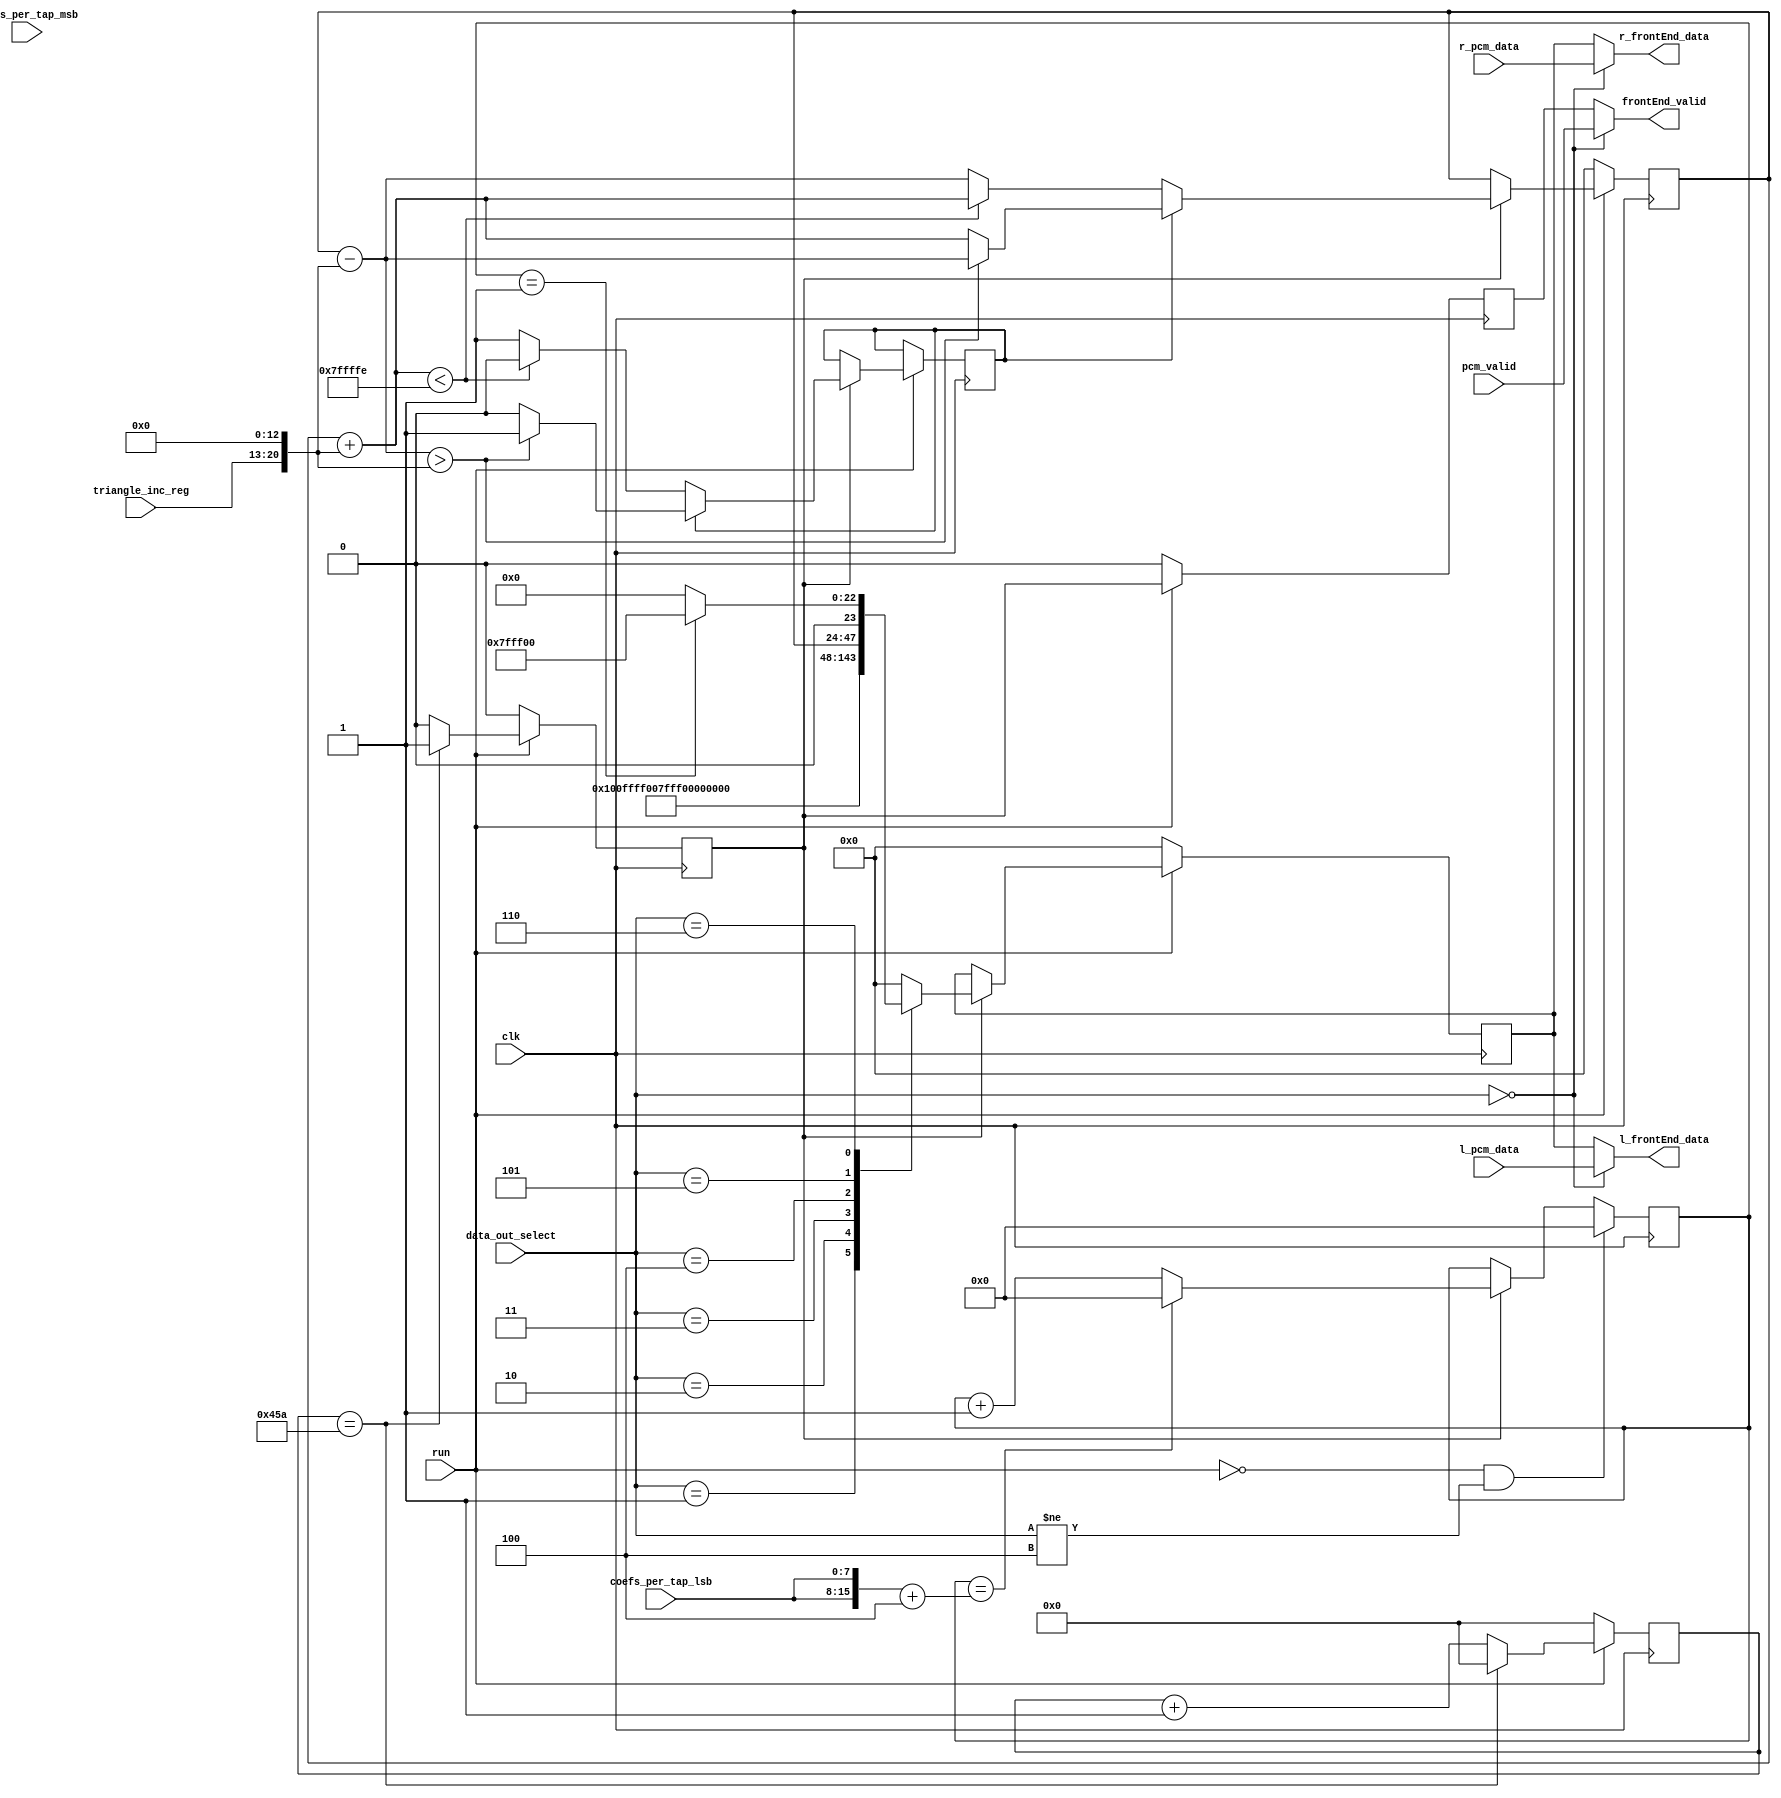
`timescale 1ns / 1ps
//////////////////////////////////////////////////////////////////////////////////
// Company: 
// Engineer: 
// 
// Design Name: 
// Module Name: FrontEndTest
// Project Name: 
// Target Devices: 
// Tool Versions: 
// Description: 
// 
// Dependencies: 
// 
// Revision:
// Revision 0.01 - File Created
// Additional Comments:
// 
//////////////////////////////////////////////////////////////////////////////////


module FrontEndTest(
    input               clk,
    input               run,
//    input [7:0]         smp_rate_divide_lsb,    // sets the sample rate of the test triangle waveform
//    input [7:0]         smp_rate_divide_msb,
    input [7:0]         triangle_inc_reg,       // msb only, lsb set to 0s, sets the slope of the triangle based on num_of_bits and smp_rate
  // triangle_incrmnt = 2^numOfBits / samplePerCycle = 2^24 / 96 = 16,777,216 / 96 = 174762 = 0x2aaaa
 
    input [3:0]         data_out_select,
    input               pcm_valid,
    input [23:0]        l_pcm_data,
    input [23:0]        r_pcm_data,
    input [7:0]         coefs_per_tap_lsb,    // [7:0] input, cpu reg
    input               coefs_per_tap_msb,    // input taken from audio_control[6]
     
    output              frontEnd_valid,       // strobe
    output [23:0]       l_frontEnd_data,
    output [23:0]       r_frontEnd_data
);

parameter SmpRate_192KHz = 11'hff;   //   256
parameter SmpRate_96KHz = 11'h1ff;   //   512
parameter SmpRate_48KHz = 11'h3ff;   //  1024
parameter SmpRate_44_1KHz = 11'h45a; //  1115 -> 0x45a
parameter SmpRate_88_2KHz = 11'h22c; //   557

parameter numOfBits = 24;

assign bit_cnt_reg = numOfBits;

// samplePerCycle = sample_rate / tri_freq = 96000/1000 = 96


reg neg, data_valid, data_valid_out;
reg [23:0] frontEnd_data, triangle_count;
reg [10:0] smp_clken_count;
reg [8:0]  impulse_count;

wire [23:0]  triangle_incrmnt = {3'h0, triangle_inc_reg, 13'h0000};

// PCM ByPass
assign frontEnd_valid = (data_out_select == 0) ? pcm_valid : data_valid_out; 

assign l_frontEnd_data = (data_out_select == 0) ? l_pcm_data : frontEnd_data;
assign r_frontEnd_data = (data_out_select == 0) ? r_pcm_data : frontEnd_data;
//  *********************** 


// create the test sample clk strobe datavalid
// divide mclk 49.152MHz by smp_rate_divide to create the SampleRate via clken
always @ (posedge clk) begin
    if (!run) begin
        data_valid <= 1'b0;
        smp_clken_count <= 0;
    end
    else if (smp_clken_count == SmpRate_44_1KHz) begin      // smp_rate_divide = mclk/sample_rate
        smp_clken_count <= 0;
        data_valid <= 1'b1;
    end
    else begin
        smp_clken_count <= smp_clken_count + 1;
        data_valid <= 1'b0;
    end
end



// triangle wave test
always @ (posedge clk) begin
    if (!run) begin
        triangle_count <= 0;
//        neg <= 1'b0;
     end
    else begin
        if (data_valid) begin
            if (!neg) begin
                if ((triangle_count + triangle_incrmnt) < 24'h7ffffe) begin     // keep positive number, msb=0 (for now)
                    triangle_count <= triangle_count + triangle_incrmnt;
                    neg <= neg;
                end
                else begin
                    triangle_count <= triangle_count - triangle_incrmnt;
                    neg <= 1'b1;
                end
            end
            else begin
                if ((triangle_count - triangle_incrmnt) > triangle_incrmnt) begin   // keep positive number, msb=0 (for now)
                    triangle_count <= triangle_count - triangle_incrmnt;
                    neg <= neg;
                end
                else begin
                    triangle_count <= triangle_count + triangle_incrmnt;
                    neg <= 1'b0;
                end
            end
        end
        else begin
            triangle_count <= triangle_count;
            neg <= neg;
        end
    end
end

// impulse count generation
always @ (posedge clk) begin
    if (!run && (data_out_select != 4)) begin
        impulse_count <= 0;
//        neg <= 1'b0;
     end
    else begin
        if (data_valid) begin
            if (impulse_count == ({coefs_per_tap_lsb, coefs_per_tap_lsb} + 4))
                impulse_count <= 0;
            else 
                impulse_count <= impulse_count + 1;
        end 
        else begin
            impulse_count <= impulse_count;
        end
    end
end
           


// output data mux
always @ (posedge clk) begin
    if (!run) begin
        frontEnd_data <= 0;
        data_valid_out <= 0;
     end
    else begin
        data_valid_out <= data_valid;        // 1 clk delay
//      SW command:     feTest
        if (data_valid) begin
            case (data_out_select)
                1: begin    // min positive dc value
//                    frontEnd_data <= 24'h7fff00;
                    frontEnd_data <= 24'h100;
                end
                2:  begin    // min negative dc value
                    frontEnd_data <= 24'hffff00;
                end
                3: begin    // max positive dc value
                    frontEnd_data <= 24'h7fff00;
                end
                4:  begin    // max negative dc value
                    frontEnd_data <= 24'h800100;
                end
                5:  begin
                    frontEnd_data <= triangle_count;
/*                    
                    l_frontEnd_data[23] <= !triangle_count[23];     // define sign bit
                    l_frontEnd_data[22:0] <= triangle_count[22:0];
                    r_frontEnd_data[23] <= !triangle_count[23];     // define sign bit
                    r_frontEnd_data[22:0] <= triangle_count[22:0];
*/                    
                end
                6: begin    // impulse
                    if (impulse_count == 1)
                        frontEnd_data <= 24'h7fff00;
                    else
                        frontEnd_data <= 0;
//                        frontEnd_data <= 24'h8000ff;
                end
                default:
                    frontEnd_data <= 0;
            endcase
        end
        else begin
            frontEnd_data <= frontEnd_data;
        end
    end
end


endmodule